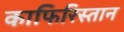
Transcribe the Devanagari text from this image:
काफिरिस्तान